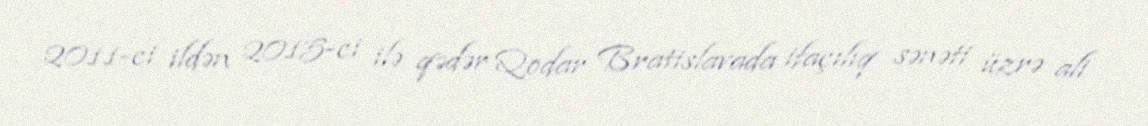
2011-ci ildən 2015-ci ilə qədər Qodar Bratislavada ifaçılıq sənəti üzrə ali